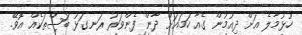
ހުޅުމާލެ އަށް ދިއުމުން ގެއާ ހަމައަށް ދާން ފެންވަރު ރަނގަޅު ބަސްތަކެއް އޮވޭ.